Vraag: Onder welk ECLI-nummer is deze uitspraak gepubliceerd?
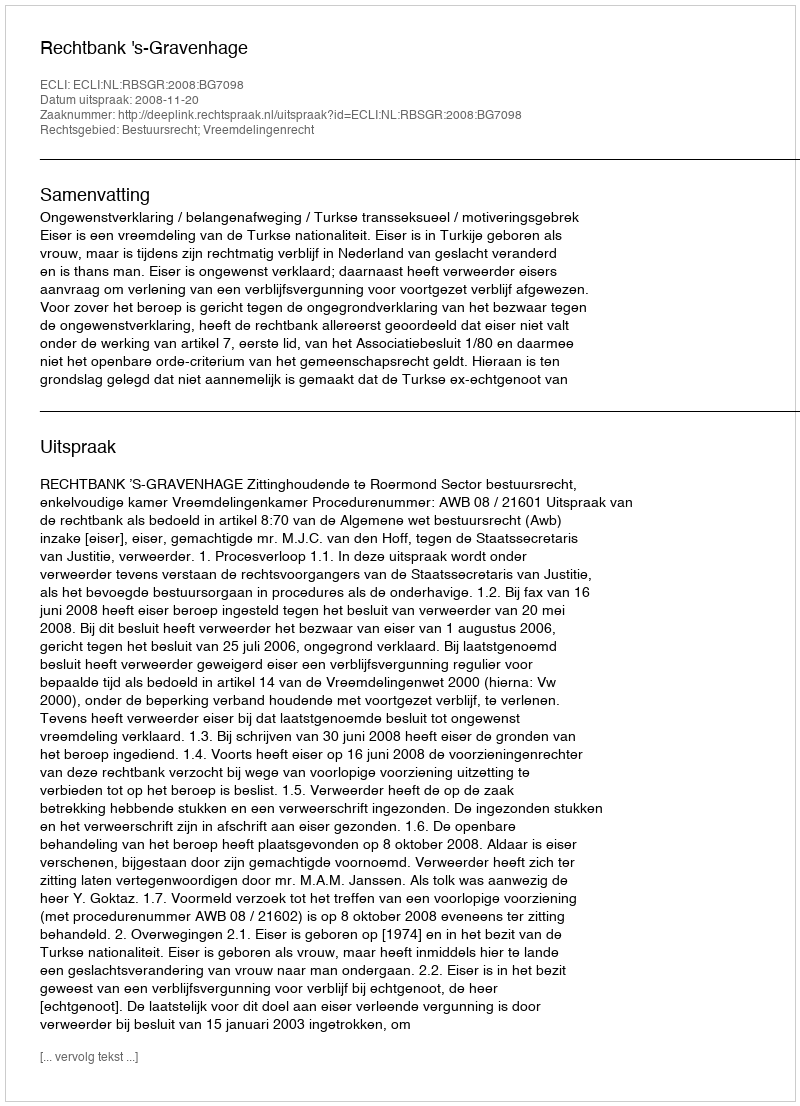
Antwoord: ECLI:NL:RBSGR:2008:BG7098